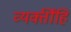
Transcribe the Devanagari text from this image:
व्यक्तींहि